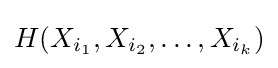
H(X_{i_{1}},X_{i_{2}},\dots ,X_{i_{k}})